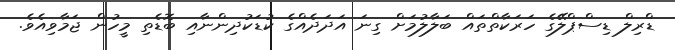
ޑްރިލް ޑިސްޕްލޭގެ ހަރަކާތްތައް ބަލާލުމަށް ގިނަ އަދަދެއްގެ ކުޑަކުދިންނާއި ބޮޑެތި މީހުން ޖަމާވިއެވެ.